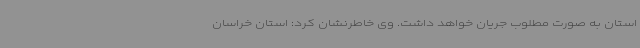
استان به صورت مطلوب جریان خواهد داشت. وی خاطرنشان کرد: استان خراسان